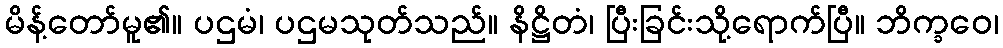
မိန့်တော်မူ၏။ ပဌမံ၊ ပဌမသုတ်သည်။ နိဋ္ဌိတံ၊ ပြီးခြင်းသို့ရောက်ပြီ။ ဘိက္ခဝေ၊